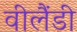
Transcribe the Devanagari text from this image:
वीलैंडी